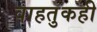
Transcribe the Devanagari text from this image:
वाहतुकही